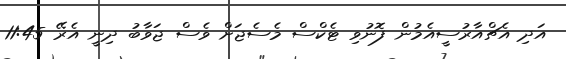
އަދި އެޗްއާރުސީއެމުން ފޮނުވި ޓެކްސް މެސެޖަށް ވެސް ޖަވާބު ދިނީ އެރޭ 11:45